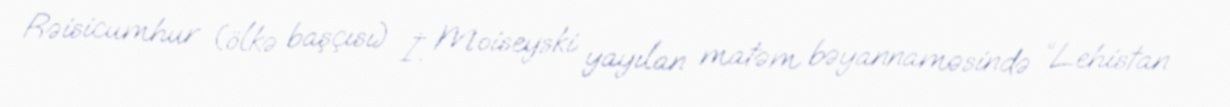
Rəisicumhur (ölkə başçısı) İ. Moiseyski yayılan matəm bəyannaməsində “Lehistan